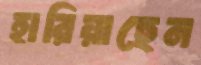
হারিয়াছেন